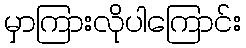
မှာကြားလိုပါကြောင်း